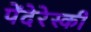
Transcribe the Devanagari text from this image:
पेंदेरेस्की